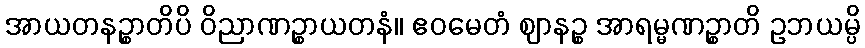
အာယတနဉ္စာတိပိ ဝိညာဏဉ္စာယတနံ။ ဧဝမေတံ ဈာနဉ္စ အာရမ္မဏဉ္စာတိ ဥဘယမ္ပိ